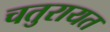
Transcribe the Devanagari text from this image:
चतुरायत